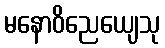
မနောဝိညေယျေသု